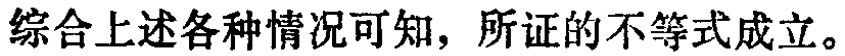
综合上述各种情况可知，所证的不等式成立。